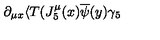
\partial _ { \mu x } \langle T ( J _ { 5 } ^ { \mu } ( x ) \overline { { \psi } } ( y ) \gamma _ { 5 }